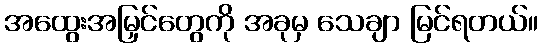
အထွေးအမြှင်တွေကို အခုမှ သေချာ မြင်ရတယ်။